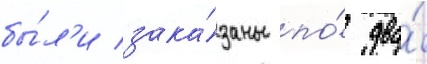
бы́л'и зака́заны по́ два́